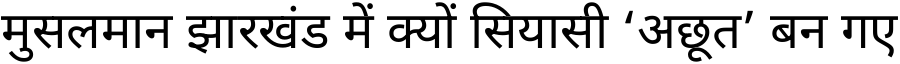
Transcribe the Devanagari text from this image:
मुसलमान झारखंड में क्यों सियासी ‘अछूत’ बन गए